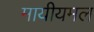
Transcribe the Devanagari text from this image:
मायीयमल